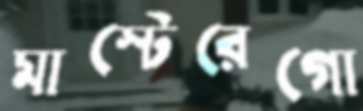
মাস্টেরেগো